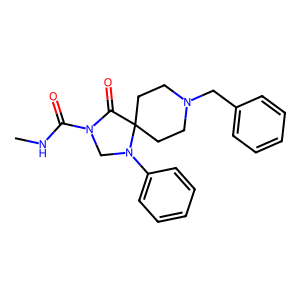
SMILES: CNC(=O)N1CN(c2ccccc2)C2(CCN(Cc3ccccc3)CC2)C1=O
Inhibits HIV replication: No